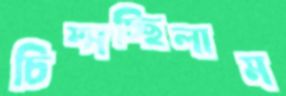
চিম্‌সচ্ছিলাম